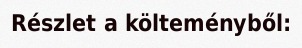
Részlet a költeményből: